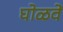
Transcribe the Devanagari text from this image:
घोळवें